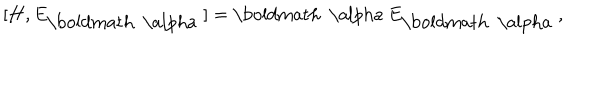
LaTeX: [ { \bf H } , E _ { \mathrm { \boldmath ~ \ a l p h a ~ } } ] = { \mathrm { \boldmath ~ \ a l p h a ~ } } E _ { \mathrm { \boldmath ~ \ a l p h a ~ } } ,